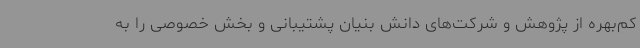
کم‌بهره از پژوهش و شرکت‌های دانش بنیان پشتیبانی و بخش خصوصی را به